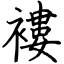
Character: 褸